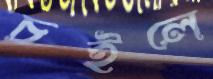
চইলে